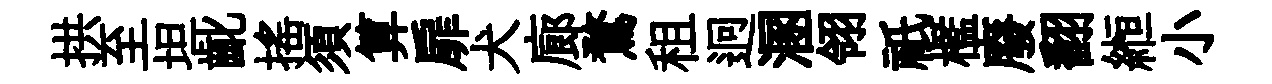
拱至坦齔揺須算扉犬廊鶩租迥溷翎祇檻廢翻縆小